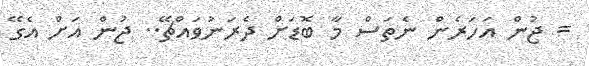
= ޖުން އަހަރެން ނެތަސް މާ ބޮޑަށް ދެރަނުވައްޗޭ.. ޖުން އަށް އެގޭ